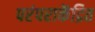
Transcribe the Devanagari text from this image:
परंपराकेंद्रित